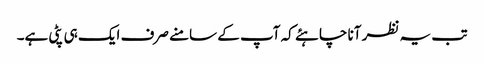
تب یہ نظر آنا چاہئے کہ آپ کے سامنے صرف ایک ہی پٹی ہے۔